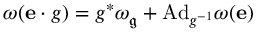
\omega ( { \mathbf { e } } \cdot g ) = g ^ { * } \omega _ { \mathfrak { g } } + { \mathrm { A d } } _ { g ^ { - 1 } } \omega ( \mathbf { e } )